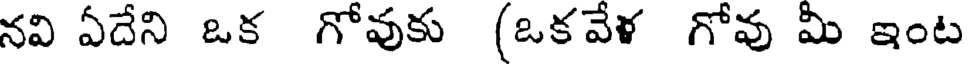
నవి ఏదేని ఒక గోవుకు (ఒకవేళ గోవు మీ ఇంట